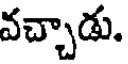
వచ్చాడు.